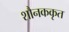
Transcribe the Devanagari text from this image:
शौनककृत